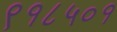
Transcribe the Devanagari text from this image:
९१८५०१